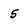
Character: 5